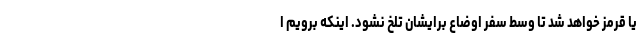
یا قرمز خواهد شد تا وسط سفر اوضاع برایشان تلخ نشود. اینکه برویم ا